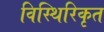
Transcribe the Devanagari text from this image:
विस्थिरिकृत